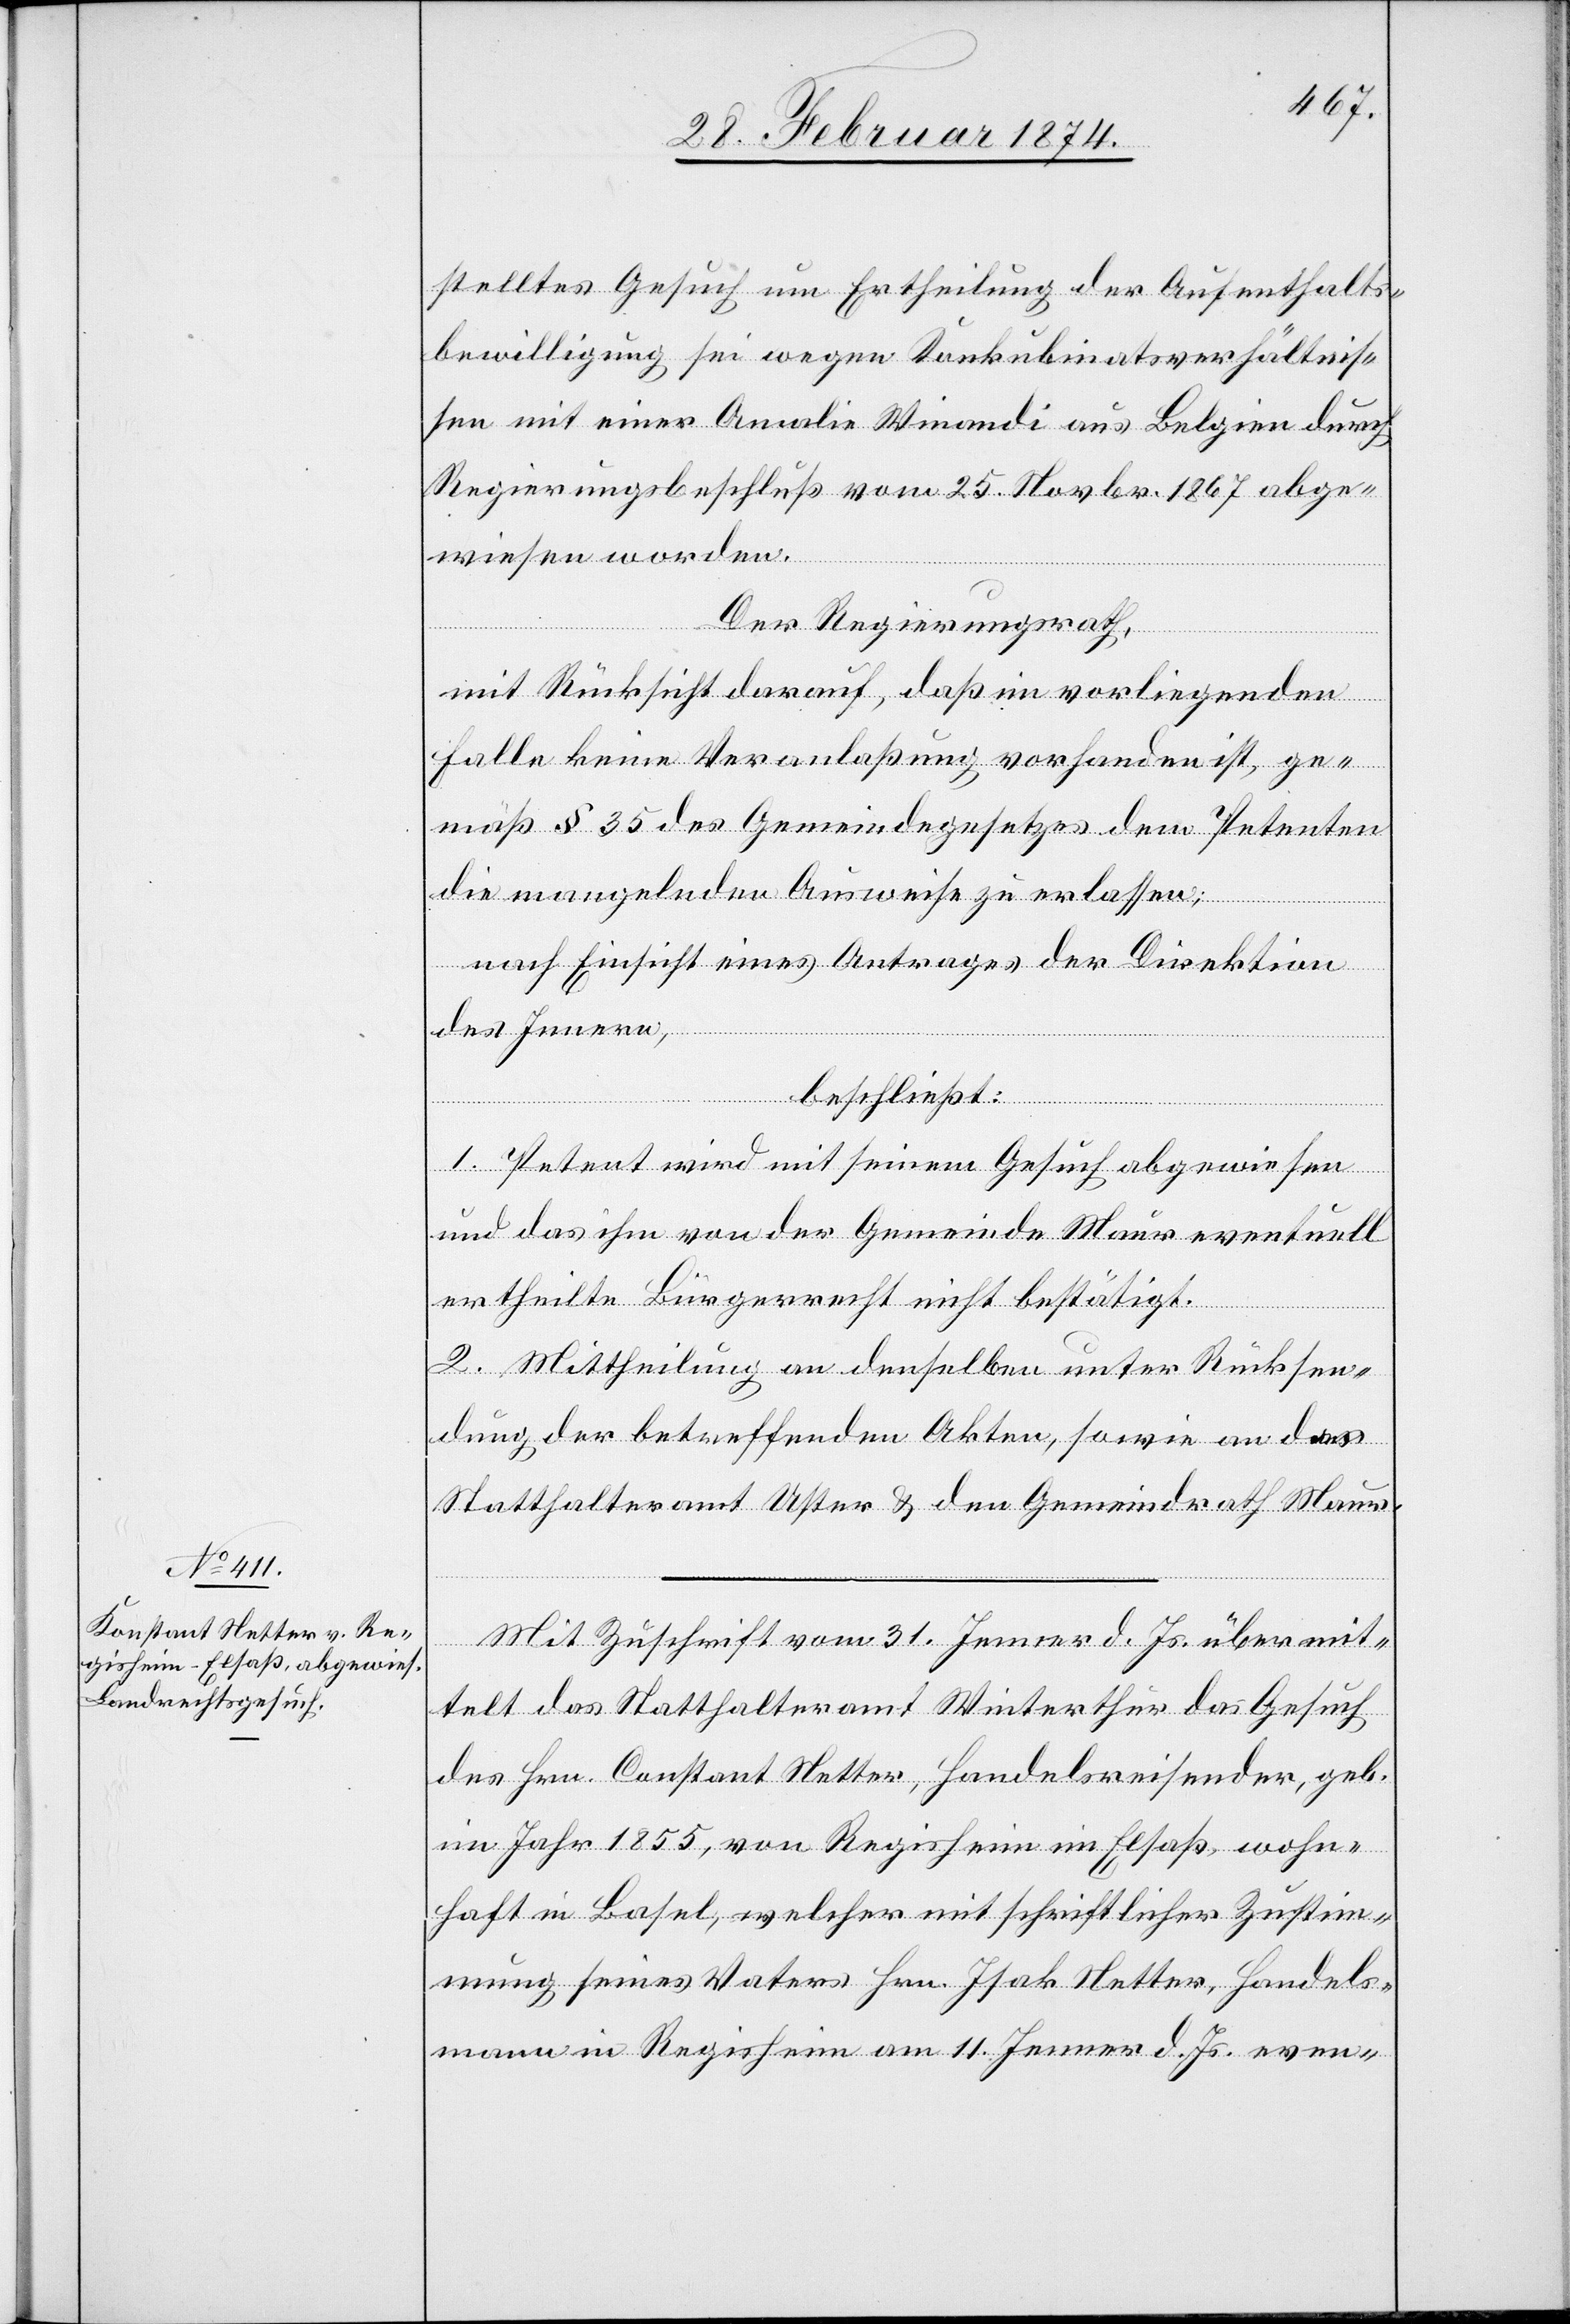
stelltes Gesuch um Ertheilung der Aufenthalts¬
bewilligung sei wegen Konkubinatsverhältnis¬
sen mit einer Amalia Winandi aus Belgien durch
Regierungsbeschluß vom 25. Novbr. 1867 abge¬
wiesen worden.
Der Regierungsrath,
mit Rücksicht darauf, daß im vorliegenden
Falle keine Veranlaßung vorhanden ist, ge¬
mäß § 35 des Gemeindegesetzes dem Petenten
die mangelnden Ausweise zu erlassen;
nach Einsicht eines Antrages der Direktion
des Innern,
beschließt:
I. Petent wird mit seinem Gesuch abgewiesen
und das ihm von der Gemeinde Maur eventuell
ertheilte Bürgerrecht nicht bestätigt.
2. Mittheilung an denselben unter Rücksen¬
dung der betreffenden Akten, sowie an das
Statthalteramt Uster u. den Gemeindrath Maur.
Mit Zuschrift vom 31. Jenner d. Js. übermit¬
telt das Statthalteramt Winterthur das Gesuch
des Hrn. Constant [sic!] Netter, Handelsreisender, geb.
im Jahr 1855, von Regisheim im Elsaß, wohn¬
haft in Basel, welcher mit schriftlicher Zustim¬
mung seines Vaters Hrn. Isak Netter, Handels¬
mann in Regisheim am 11. Jenner d. Js. even-